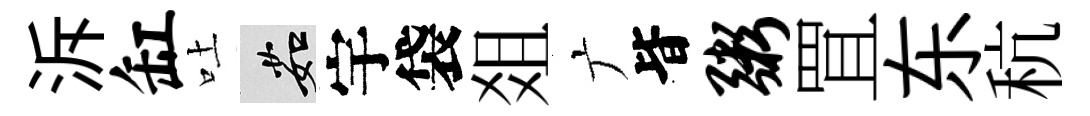
泝缸吐茹宇袋爼广𣅜粥罝东秔